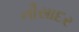
નૌસાદર